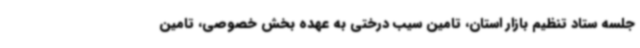
جلسه ستاد تنظیم بازار استان، تامین سیب درختی به عهده بخش خصوصی، تامین